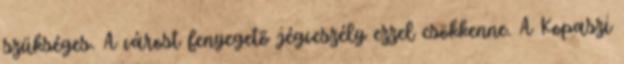
szükséges. A várost fenyegetõ jégveszély ezzel csökkenne. A Kopaszi